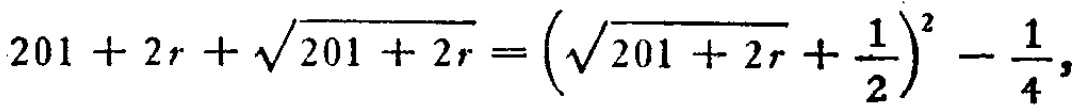
\[
201 + 2r+\sqrt{201 + 2r}=\left(\sqrt{201 + 2r}+\frac{1}{2}\right)^2-\frac{1}{4},
\]